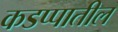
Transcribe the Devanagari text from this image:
कडप्पातील